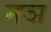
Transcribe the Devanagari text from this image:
नञ